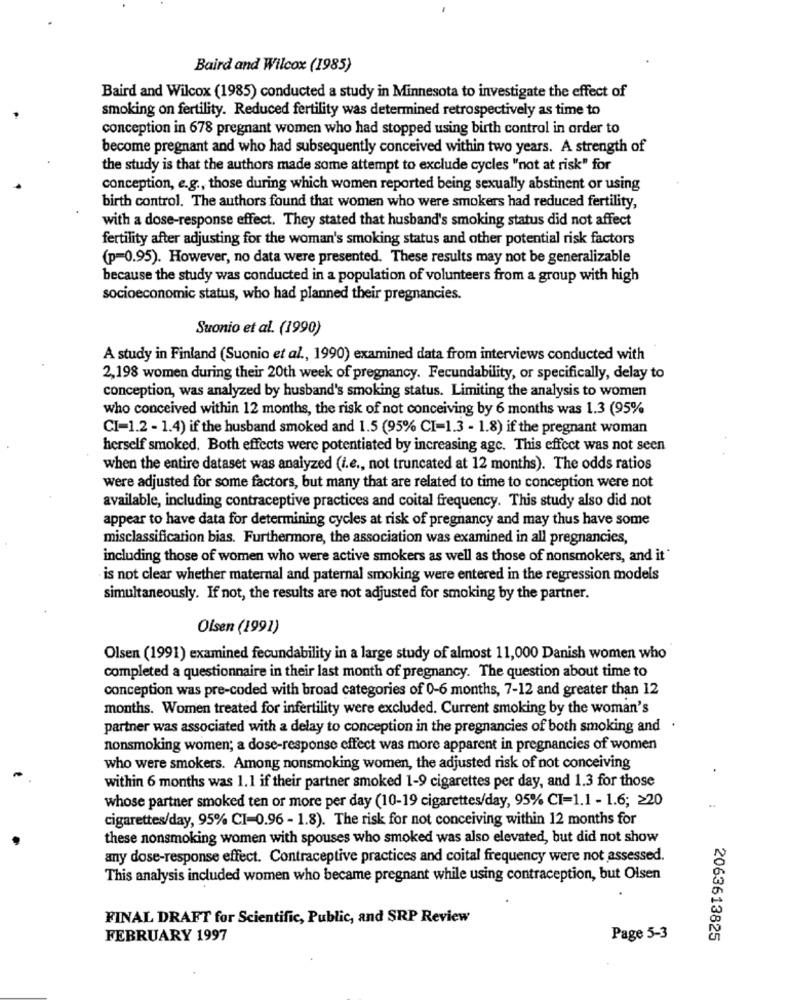
Baird and Wilcox (1985)
Baird and Wilcox (1985) conducted a study in Minnesota to investigate the effect of
smoking on fertility. Reduced fertility was determined retrospectively as time to
conception in 678 pregnant women who had stopped using birth control in order to
become pregnant and who had subsequently conceived within two years. A strength of
the study is that the authors made some attempt to exclude cycles "not at risk" for
conception, e.g ., those during which women reported being sexually abstinent or using
birth control. The authors found that women who were smokers had reduced fertility,
with a dose-response effect. They stated that husband's smoking status did not affect
fertility after adjusting for the woman's smoking status and other potential risk factors
(p=0.95). However, no data were presented. These results may not be generalizable
because the study was conducted in a population of volunteers from a group with high
socioeconomic status, who had planned their pregnancies.
Suonio et al. (1990)
A study in Finland (Suonio et al ., 1990) examined data from interviews conducted with
2,198 women during their 20th week of pregnancy. Fecundability, or specifically, delay to
conception, was analyzed by husband's smoking status. Limiting the analysis to women
who conceived within 12 months, the risk of not conceiving by 6 months was 1.3 (95%
CI=1.2 - 1.4) if the husband smoked and 1.5 (95% CI=1.3 - 1.8) if the pregnant woman
herself smoked. Both effects were potentiated by increasing agc. This effect was not seen
when the entire dataset was analyzed (i.e ., not truncated at 12 months). The odds ratios
were adjusted for some factors, but many that are related to time to conception were not
available, including contraceptive practices and coital frequency. This study also did not
appear to have data for determining cycles at risk of pregnancy and may thus have some
misclassification bias. Furthermore, the association was examined in all pregnancies,
including those of women who were active smokers as well as those of nonsmokers, and it'
is not clear whether maternal and paternal smoking were entered in the regression models
simultaneously. If not, the results are not adjusted for smoking by the partner.
Olsen (1991)
Olsen (1991) examined fecundability in a large study of almost 11,000 Danish women who
completed a questionnaire in their last month of pregnancy. The question about time to
conception was pre-coded with broad categories of 0-6 months, 7-12 and greater than 12
months. Women treated for infertility were excluded. Current smoking by the woman's
partner was associated with a delay to conception in the pregnancies of both smoking and .
nonsmoking women; a dose-response effect was more apparent in pregnancies of women
who were smokers. Among nonsmoking women, the adjusted risk of not conceiving
within 6 months was 1.1 if their partner smoked 1-9 cigarettes per day, and 1.3 for those
whose partner smoked ten or more per day (10-19 cigarettes/day, 95% CI=1.1 - 1.6; 220
cigarettes/day, 95% CI-0.96 - 1.8). The risk for not conceiving within 12 months for
these nonsmoking women with spouses who smoked was also elevated, but did not show
any dose-response effect. Contraceptive practices and coital frequency were not assessed.
This analysis included women who became pregnant while using contraception, but Olsen
FINAL DRAFT for Scientific, Public, and SRP Review
FEBRUARY 1997
Page 5-3
2063613825